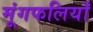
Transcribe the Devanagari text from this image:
मूंगफलियाँ